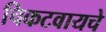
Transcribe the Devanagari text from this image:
चिकटवायचे